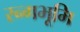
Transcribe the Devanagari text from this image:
रन्गभूमि